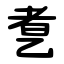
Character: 乽